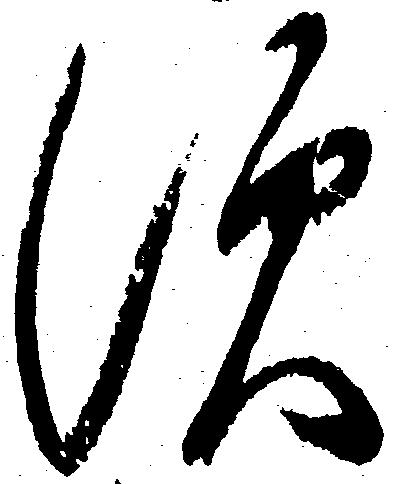
す